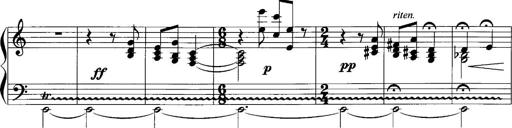
Title: Sonatina No.1
Composer: Otto Stoll
Key: C major